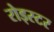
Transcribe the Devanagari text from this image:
रोड्स्टर